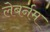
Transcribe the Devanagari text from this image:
लेबर्नम